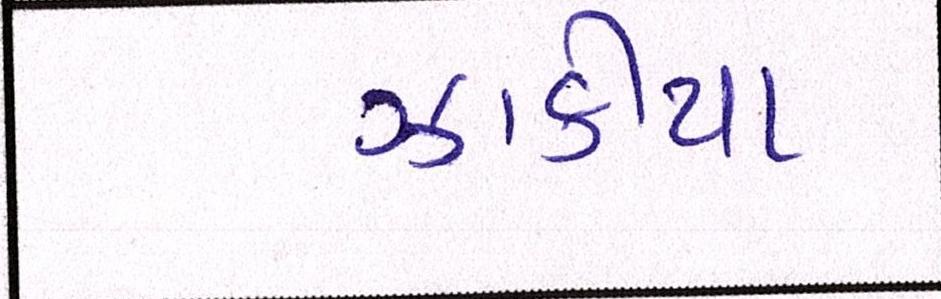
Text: ઝાકીયા